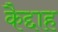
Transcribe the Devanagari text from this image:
कैद्दाह